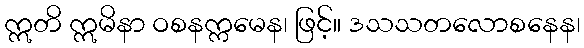
ဣတိ ဣမိနာ ဝစနက္ကမေန၊ ဖြင့်။ ဒသသတလောစနေန၊